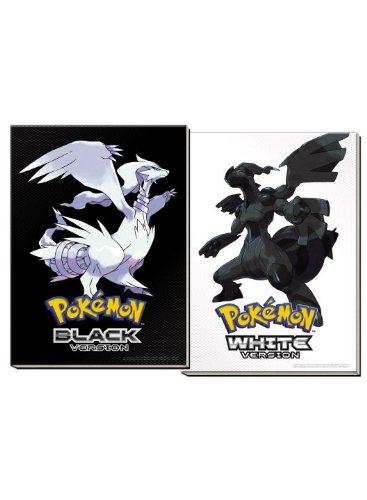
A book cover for Pokemon Black Version & Pokemon White Version Collector's Edition: The Official Pokemon Strategy Guide & Unova Pokedex with Removable Front-cover Lenticular; The Pokemon Company Intl.; Computers & Technology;